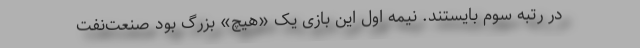
در رتبه سوم بایستند. نیمه اول این بازی یک «هیچ» بزرگ بود صنعت‌نفت